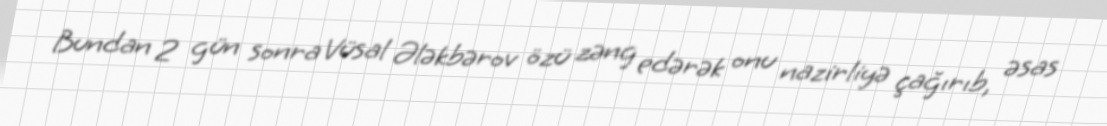
Bundan 2 gün sonra Vüsal Ələkbərov özü zəng edərək onu nazirliyə çağırıb, əsas